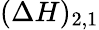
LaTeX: (\Delta H)_{2,1}